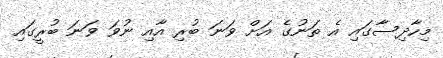
މިހާދިސާގައި އެ ތަނުގެ އަށް ވަނަ ބުރި އާއި ނުވަ ވަނަ ބުރީގައި